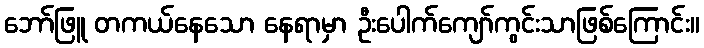
ဘော်ဖြူ တကယ်နေသော နေရာမှာ ဦးပေါက်ကျော်ကွင်းသာဖြစ်ကြောင်း။